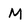
Character: M